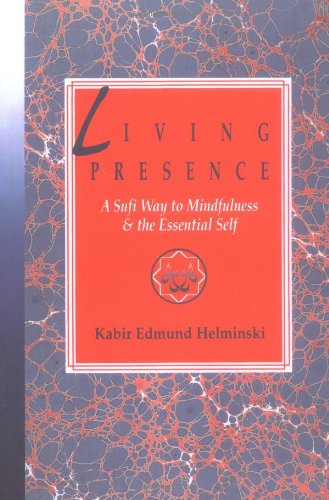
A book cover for Living Presence: A Sufi Way to Mindfulness & the Essential Self; Kabir Edmund Helminski; Religion & Spirituality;